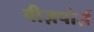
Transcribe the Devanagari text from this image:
वीज़पोर्ज़